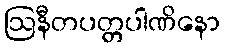
ဩနီတပတ္တပါဏိနော